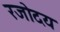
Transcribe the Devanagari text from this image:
रजोदय